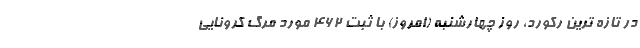
در تازه ترین رکورد، روز چهارشنبه (امروز) با ثبت 462 مورد مرگ کرونایی